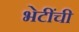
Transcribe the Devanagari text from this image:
भेटींची